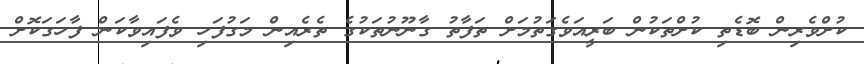
ކުށްވެރިން ބޮޑެތި ކުށްތަކުން ބަރީއަވެގަތުމަށް ތަފާތު ގާނޫނުތަކުގެ ތެރެއިން މަގުފަހި ވެފައިވާކަން ފާހަގަކޮށް